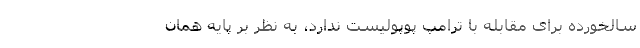
سالخورده برای مقابله با ترامپ پوپولیست ندارد، به نظر بر پایه همان